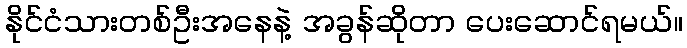
နိုင်ငံသားတစ်ဦးအနေနဲ့ အခွန်ဆိုတာ ပေးဆောင်ရမယ်။